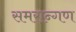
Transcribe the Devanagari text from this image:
समरान्गण